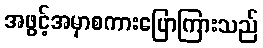
အဖွင့်အမှာစကားပြောကြားသည်